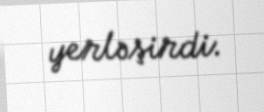
yerləşirdi.